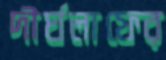
দীর্ঘলাফের